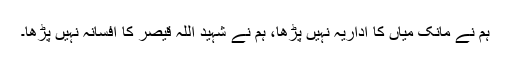
ہم نے مانک میاں کا اداریہ نہیں پڑھا، ہم نے شہید اللہ قیصر کا افسانہ نہیں پڑھا۔